Annual administration report of the Civil Veterinary Department, Sind - 1940-1941
Year: 1940
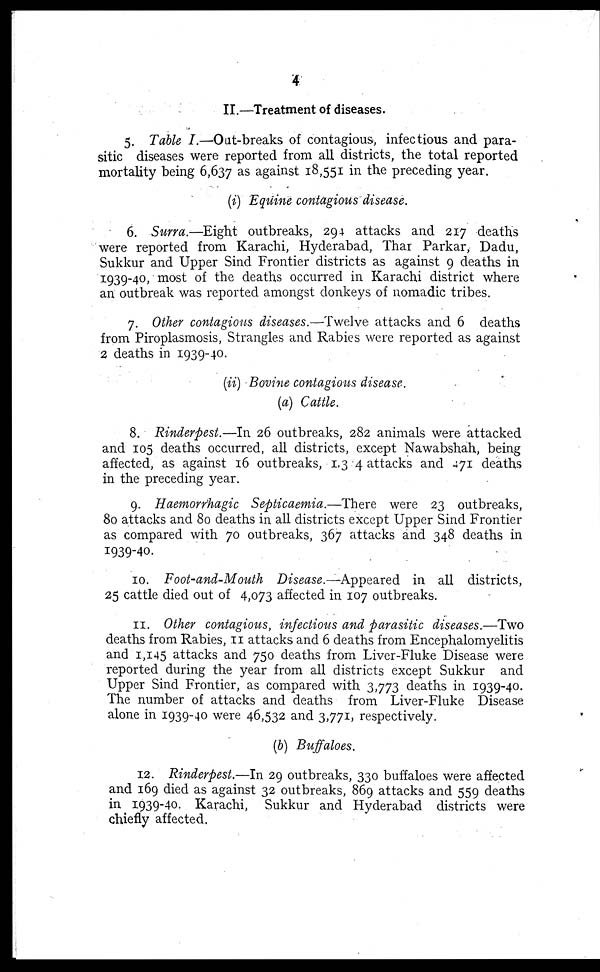
4
II.—Treatment of diseases.
5. Table I.—Oat-breaks of contagious, infectious and para-
sitic diseases were reported from all districts, the total reported
mortality being 6,637 as against 18,551 in the preceding year.
(i) Equine contagious disease.
6. Surra.—Eight outbreaks, 294 attacks and 217 deaths
were reported from Karachi, Hyderabad, Thar Parkar, Dadu,
Sukkur and Upper Sind Frontier districts as against 9 deaths in
1939-40, most of the deaths occurred in Karachi district where
an outbreak was reported amongst donkeys of nomadic tribes.
7. Other contagious diseases.—Twelve attacks and 6 deaths
from Piroplasmosis, Strangles and Rabies were reported as against
2 deaths in 1939-40.
(ii) Bovine contagious disease.
(a) Cattle.
8. Rinderpest.—In 26 outbreaks, 282 animals were attacked
and 105 deaths occurred, all districts, except Nawabshah, being
affected, as against 16 outbreaks, 1.3 4 attacks and 471 deaths
in the preceding year.
9. Haemorrhagic Septicaemia.—There were 23 outbreaks,
80 attacks and 80 deaths in all districts except Upper Sind Frontier
as compared with 70 outbreaks, 367 attacks and 348 deaths in
1939-40.
10. Foot-and-Mouth Disease.—Appeared in all districts,
25 cattle died out of 4,073 affected in 107 outbreaks.
11. Other contagious, infectious and parasitic diseases.—Two
deaths from Rabies, 11 attacks and 6 deaths from Encephalomyelitis
and 1,145 attacks and 750 deaths from Liver-Fluke Disease were
reported during the year from all districts except Sukkur and
Upper Sind Frontier, as compared with 3,773 deaths in 1939-40.
The number of attacks and deaths from Liver-Fluke Disease
alone in 1939-40 were 46,532 and 3,771, respectively.
(b) Buffaloes.
12. Rinderpest.—In 29 outbreaks, 330 buffaloes were affected
and 169 died as against 32 outbreaks, 869 attacks and 559 deaths
in 1939-40. Karachi, Sukkur and Hyderabad districts were
chiefly affected.